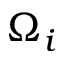
\Omega _ { i }